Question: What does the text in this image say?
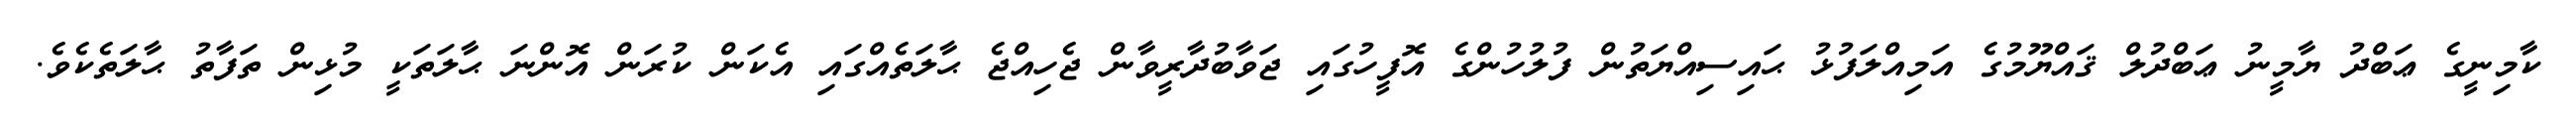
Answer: ކާމިނީގެ ޢަބްދު ޔާމީނު ޢަބްދުލް ޤައްޔޫމުގެ އަމިއްލަފުޅު ޙައިސިއްޔަތުން ފުލުހުންގެ އޮފީހުގައި ޖަވާބުދާރީވާން ޖެހިއްޖެ ޙާލަތެއްގައި އެކަން ކުރަން އޮންނަ ޙާލަތަކީ މުޅިން ތަފާތު ޙާލަތެކެވެ.